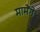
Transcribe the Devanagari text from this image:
मामेंगे